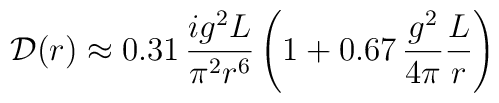
{\cal D}(r)  \approx   0.31 \,\frac{ig^2L}{\pi^2r^6}\left(1+ 0.67 \,\frac{g^2}{4\pi}\frac{L}{r} \right)